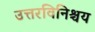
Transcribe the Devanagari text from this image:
उत्तरविनिश्चय